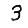
Digit: 3